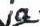
ja